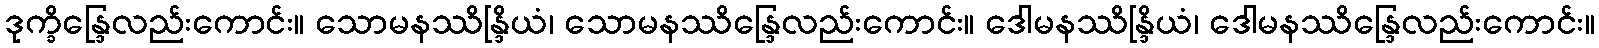
ဒုက္ခိန္ဒြေလည်းကောင်း။ သောမနဿိန္ဒြိယံ၊ သောမနဿိန္ဒြေလည်းကောင်း။ ဒေါမနဿိန္ဒြိယံ၊ ဒေါမနဿိန္ဒြေလည်းကောင်း။